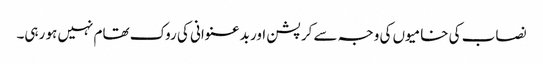
نصاب کی خامیوں کی وجہ سے کرپشن اور بدعنوانی کی روک تھام نہیں ہو رہی۔